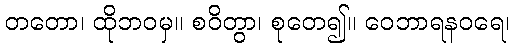
တတော၊ ထိုဘဝမှ။ စဝိတွာ၊ စုတေ၍။ ဝေဘာရနဝရေ၊